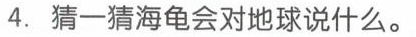
4.猜一猜海龟会对地球说什么。